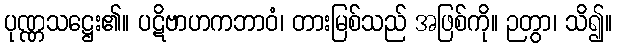
ပုဏ္ဏသဋ္ဌေး၏။ ပဋိဗာဟကဘာဝံ၊ တားမြစ်သည် အဖြစ်ကို။ ဉတွာ၊ သိ၍။